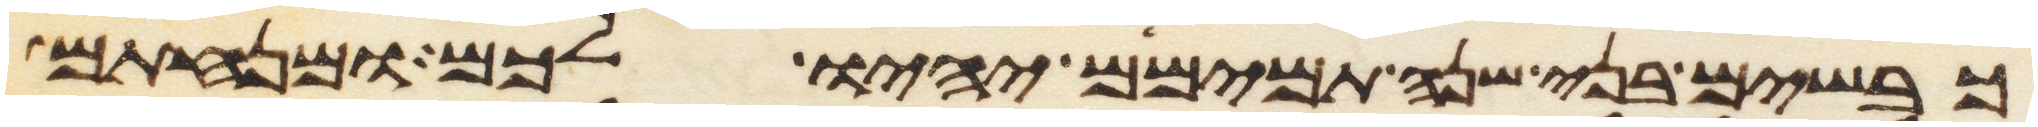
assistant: כבשים בני שנה תמימם יהיו לכם ומנחתם